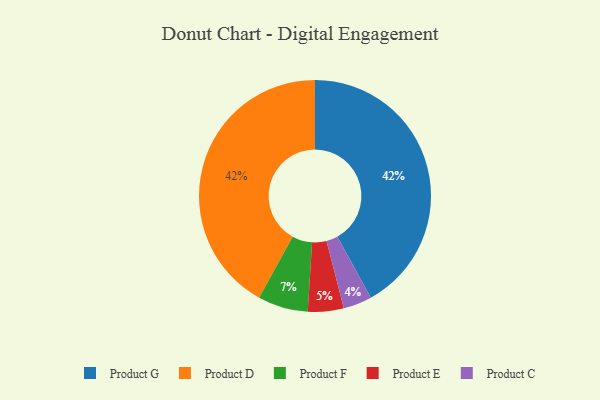
{"axis": {"x": "Category", "y": "Percentage"}, "legend": ["Product C", "Product D", "Product E", "Product F", "Product G"], "data": [{"x": "Product E", "y": 5, "type": "Product E"}, {"x": "Product G", "y": 42, "type": "Product G"}, {"x": "Product C", "y": 4, "type": "Product C"}, {"x": "Product D", "y": 42, "type": "Product D"}, {"x": "Product F", "y": 7, "type": "Product F"}]}